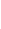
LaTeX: \! \! \! \! \! \! \! \! \! \! \! \alpha\! \! \! \! \! \! \! \! \! \! \! \! :\! \! \! \! \! \! \! \! \! \! \! \! [a\! \! \! \! \! \! \! \! \! \! \! \! ,\mathtt{b}\! \! \! \! \! \! \! \! \! \! \! \! ]\! \! \! \! \! \! \! \! \! \! \! \! \to\! \! \! \! \! \! \! \! \! \! \! \! \! \! \! \! \! \! \! \! \! \! \! \! \ensuremath{{\! \! \! \! \! \! \! \! \! \! \! \! \mathbb{{R}}}}\! \! \! \! \! \! \! \! \! \! \! \! ^{\! }\! \! \! \! \! \! \! \! \! \! \! 2\! \! \! \! \! \! \! \! \! \! \! \! ,\! \! \! \! \! \! \! \! \! \! \!